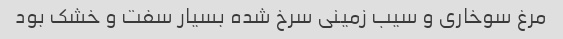
مرغ سوخاری و سیب زمینی سرخ شده بسیار سفت و خشک بود